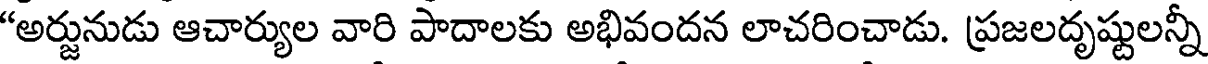
"అర్జునుడు ఆచార్యుల వారి పాదాలకు అభివందన లాచరించాడు. ప్రజలదృష్టులన్నీ